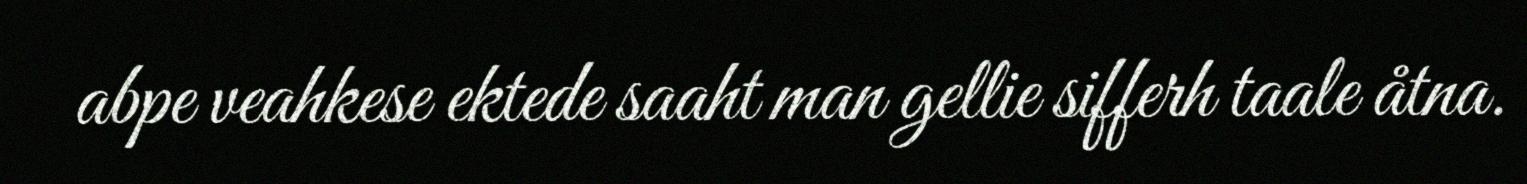
abpe veahkese ektede saaht man gellie sifferh taale åtna.